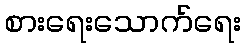
စားရေးသောက်ရေး